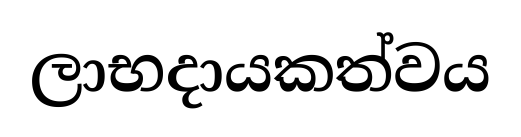
ලාභදායකත්වය